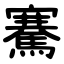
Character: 騫